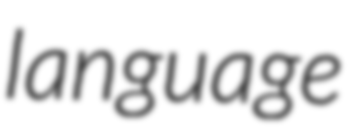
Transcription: language